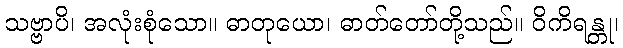
သဗ္ဗာပိ၊ အလုံးစုံသော။ ဓာတုယော၊ ဓာတ်တော်တို့သည်။ ဝိကိရန္တု၊